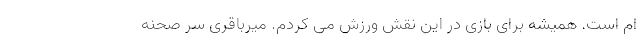
ام است. همیشه برای بازی در این نقش ورزش می کردم. میرباقری سر صحنه